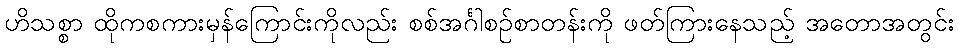
ဟိသစ္စာ ထိုကစကားမှန်ကြောင်းကိုလည်း စစ်အင်္ဂါစဉ်စာတန်းကို ဖတ်ကြားနေသည့် အတောအတွင်း